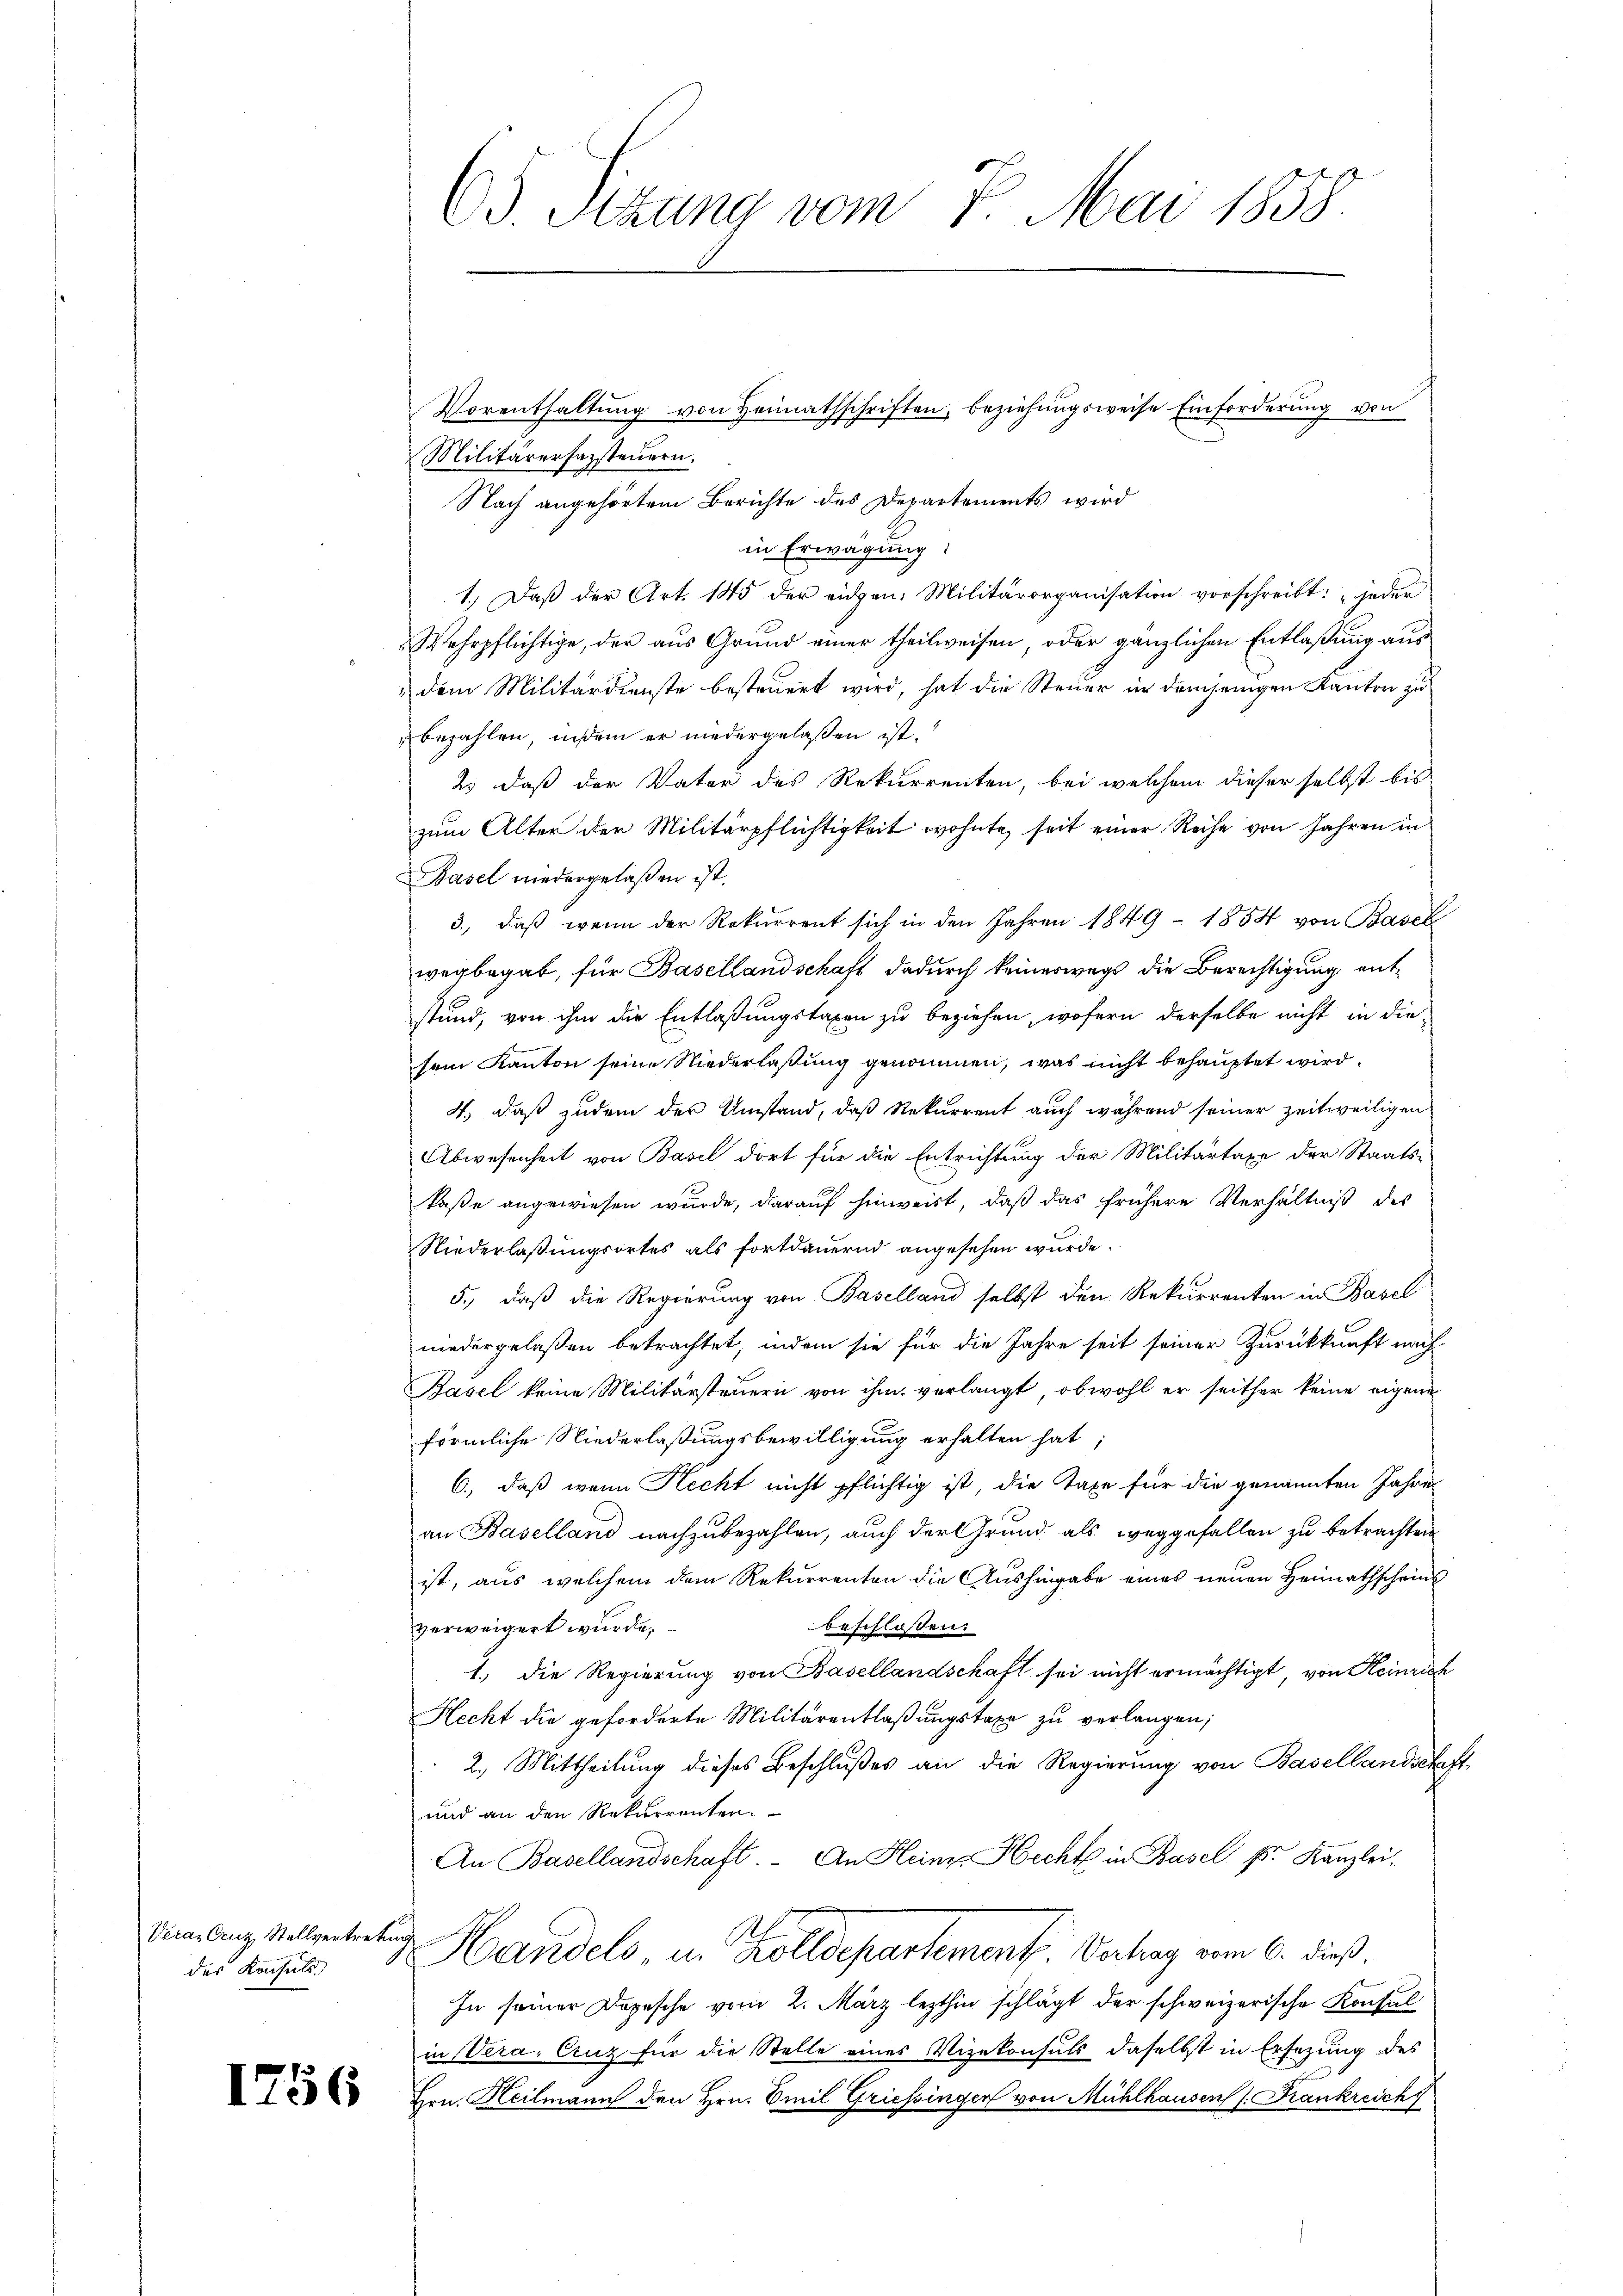
Veran Cruz, Stellvertretung
des Konsuls.

Militärerfassteŭern.
Nach angehörtem Berichte des Departements wird
in Erwägung:
1.) Daß der Art. 145 der eidgen: Militärorganisation vorschreibt: „jeder
Wehrpflichtige, der aus Grund einer theilweisen, oder gänzlichen Entlaßung aus
dem Militärdienste besteuert wird, hat die Steuer in demjenigen Kanton zu
bezahlen, indem er niedergelassen ist.
2.) Daß der Vater des Rekurrenten, bei welchem dieser selbst bis
zum Alter der Militärpflichtigkeit wohnte, seit einer Reihe von Jahren in
Basel niedergelaßen ist.
3., daß wenn der Rekurrent sich in den Jahren 1849 - 1854 von Basel
wegbegab, für Basellandschaft dadurch keineswegs die Berechtigung entstund, von ihm die Entlaßungstaxen zu beziehen, wofern derselbe nicht in die-
sein Kanton seine Niederlaßung genommen, was nicht behauptet wird.
4.) Daß zudem der Umstand, daß Rekurrent auch während seiner zeitweiligen
Abwesenheit von Basel dort für die Entrichtung der Militärtaxe der Staats-
kaße angewiesen wurde, darauf hinweist, daß das frühere Verhältniß des
Niederlaßungsortes als fortdauernd angesehen wurde.
5., daß die Regierung von Baselland selbst den Rekurrenten in Basel
niedergelaßen betrachtet, indem sie für die Jahre seit seiner Zurückkunft nach
Basel keine Militärsteuern von ihm verlangt, obwohl er seither keine eigran
förmliche Niederlaßungsbewilligung erhalten hat;
6., daß wenn Recht nicht pflichtig ist, die Taxe für die genannten Jahres
an Baselland nachzubezahlen, auch der Grund als weggefallen zu betrachten
ist, aus welchem dem Rekurrenten die Aushingabe eines neuen Heimathschein
verweigert wurde,
beschlossen:
1.) Die Regierung von Basellandschaft sei nicht ermächtigt, von Heinrich
Hecht die geforderte Militärentlaßungstaxe zu verlangen;
2.) Mittheilung dieses Beschlußes an die Regierung von Basellandschaft
und an den Rekurrenten.
An Basellandschaft. An Heine Hecht in Basel k. Kanzlei.
Handels, u. Zolldepartement. Verhag vom 6. dieß.
In seiner Depesche vom 2. März lezthin schlägt der schweizerische Konsul
in Vera, Cruz für die Stelle eines Vizekonsuls daselbst in Ersezung des
 Hrn. Heilmann den Hrn. Emil Griessinger von Mühlhausen /: Frankreichf

C. Sitzung vom 7. Mai 1858.

Vorenthaltung von Heimathschriften, beziehungsweise Einforderung von